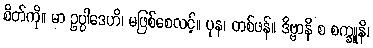
စိတ်ကို။ မာ ဥပ္ပါဒေဟိ၊ မဖြစ်စေလင့်။ ပုန၊ တစ်ဖန်။ ဒိဗ္ဗာနိ စ စက္ခူနိ၊